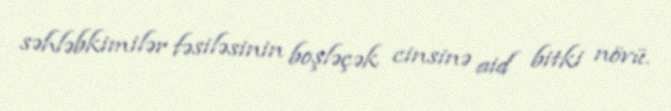
səhləbkimilər fəsiləsinin boşləçək cinsinə aid bitki növü.